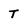
Character: T